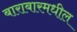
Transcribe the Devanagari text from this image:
बाराबारमधील